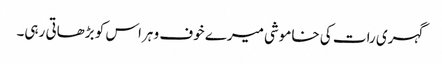
گہری رات کی خاموشی میرے خوف و ہراس کو بڑھاتی رہی۔